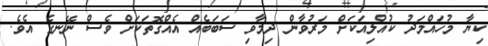
ކިޔާ މުހައްމަދު ކުއްލިއަކަށް މަރުވާން ދިމާވި ސަބަބެއް އެއްގޮތަކަށް ވެސް ނޭނގެ އެވެ.